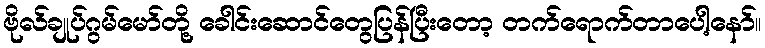
ဗိုလ်ချုပ်ဂွမ်မော်တို့ ခေါင်းဆောင်တွေပြန်ပြီးတော့ တက်ရောက်တာပေါ့နော်။